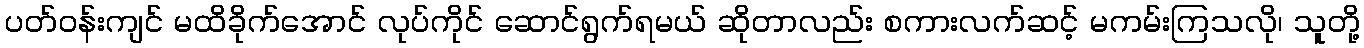
ပတ်ဝန်းကျင် မထိခိုက်အောင် လုပ်ကိုင် ဆောင်ရွက်ရမယ် ဆိုတာလည်း စကားလက်ဆင့် မကမ်းကြသလို၊ သူတို့